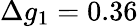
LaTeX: \Delta g_{1}=0.36